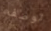
توصف